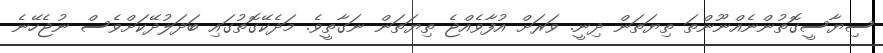
ސިޔާސީގޮތުންނެއްނޫންތަ ތިޔަތަން ދިނީ. ވަރަށް އުފާވެއްޖެ ތިޔަތަން ނަގާތީވެ. މަދެކޭގޮތުގައި ބަދަލުދޭކަށްވެސް ނުޖެހޭނެ